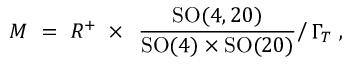
{ \cal M } \ = \ R ^ { + } \ \times \ \left. \frac { \mathrm { S O } ( 4 , 2 0 ) } { \mathrm { S O } ( 4 ) \times \mathrm { S O } ( 2 0 ) } \right/ \Gamma _ { T } \ ,